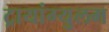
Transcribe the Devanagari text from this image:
ट्रायांग्युलम